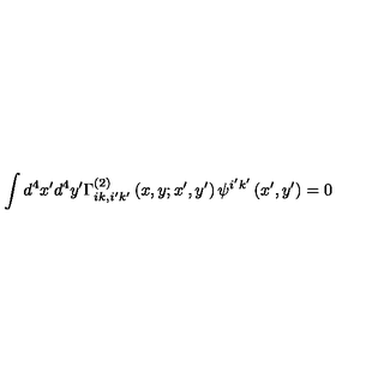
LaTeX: \int d ^ { 4 } x ^ { \prime } d ^ { 4 } y ^ { \prime } \Gamma _ { i k , i ^ { \prime } k ^ { \prime } } ^ { \left( 2 \right) } \left( x , y ; x ^ { \prime } , y ^ { \prime } \right) \psi ^ { i ^ { \prime } k ^ { \prime } } \left( x ^ { \prime } , y ^ { \prime } \right) = 0